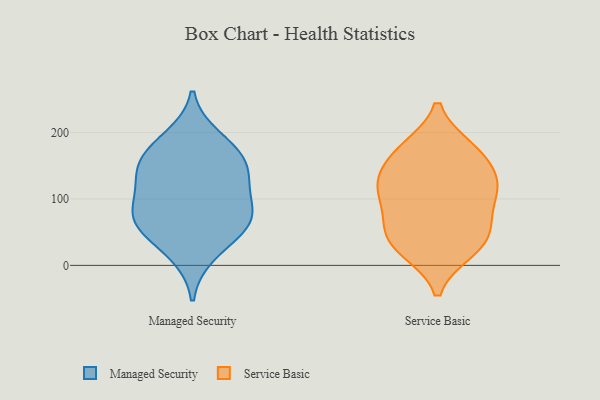
{"axis": {"x": "Headcount", "y": "Value"}, "legend": ["Managed Security", "Service Basic"], "data": [{"x": "", "y": 129, "type": "Managed Security"}, {"x": "", "y": 84, "type": "Managed Security"}, {"x": "", "y": 17, "type": "Managed Security"}, {"x": "", "y": 192, "type": "Managed Security"}, {"x": "", "y": 144, "type": "Managed Security"}, {"x": "", "y": 54, "type": "Managed Security"}, {"x": "", "y": 125, "type": "Managed Security"}, {"x": "", "y": 69, "type": "Managed Security"}, {"x": "", "y": 165, "type": "Managed Security"}, {"x": "", "y": 60, "type": "Managed Security"}, {"x": "", "y": 81, "type": "Managed Security"}, {"x": "", "y": 168, "type": "Managed Security"}, {"x": "", "y": 173, "type": "Service Basic"}, {"x": "", "y": 49, "type": "Service Basic"}, {"x": "", "y": 109, "type": "Service Basic"}, {"x": "", "y": 139, "type": "Service Basic"}, {"x": "", "y": 119, "type": "Service Basic"}, {"x": "", "y": 97, "type": "Service Basic"}, {"x": "", "y": 34, "type": "Service Basic"}, {"x": "", "y": 23, "type": "Service Basic"}, {"x": "", "y": 174, "type": "Service Basic"}, {"x": "", "y": 65, "type": "Service Basic"}, {"x": "", "y": 177, "type": "Service Basic"}, {"x": "", "y": 22, "type": "Service Basic"}, {"x": "", "y": 119, "type": "Service Basic"}, {"x": "", "y": 133, "type": "Service Basic"}, {"x": "", "y": 62, "type": "Service Basic"}]}